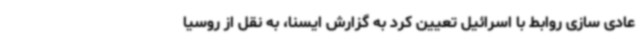
عادی سازی‌ روابط با اسرائیل تعیین کرد به گزارش ایسنا، به نقل از روسیا